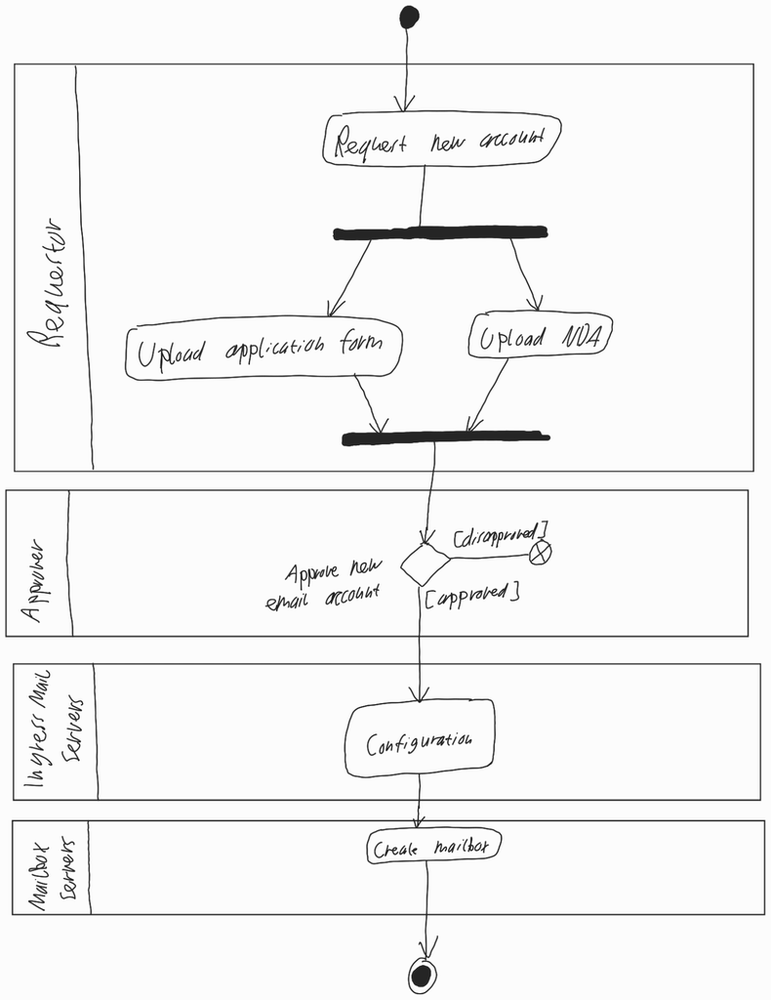
Diagram type: activity_diagram
```plantuml
@startuml

|Requestor|

start

:Request new account;

fork
  :Upload application form;
fork again
  :Upload NDA;
end fork

|Approver|

if (Approve new email account) then ([disapproved])
  end
else ([approved])
  |Ingress Mail Servers|
  :Configuration;

  |Mailbox Servers|
  :Create mailbox;
  stop
endif

@enduml
```